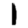
Digit: 1